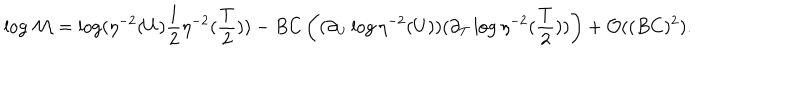
LaTeX: \log { \cal M } = \log ( \eta ^ { - 2 } ( U ) \frac { 1 } { 2 } \eta ^ { - 2 } ( \frac { T } { 2 } ) ) - B C \left( ( \partial _ { U } \log \eta ^ { - 2 } ( U ) ) ( \partial _ { T } \log \eta ^ { - 2 } ( \frac { T } { 2 } ) ) \right) + { \cal O } ( ( B C ) ^ { 2 } ) .